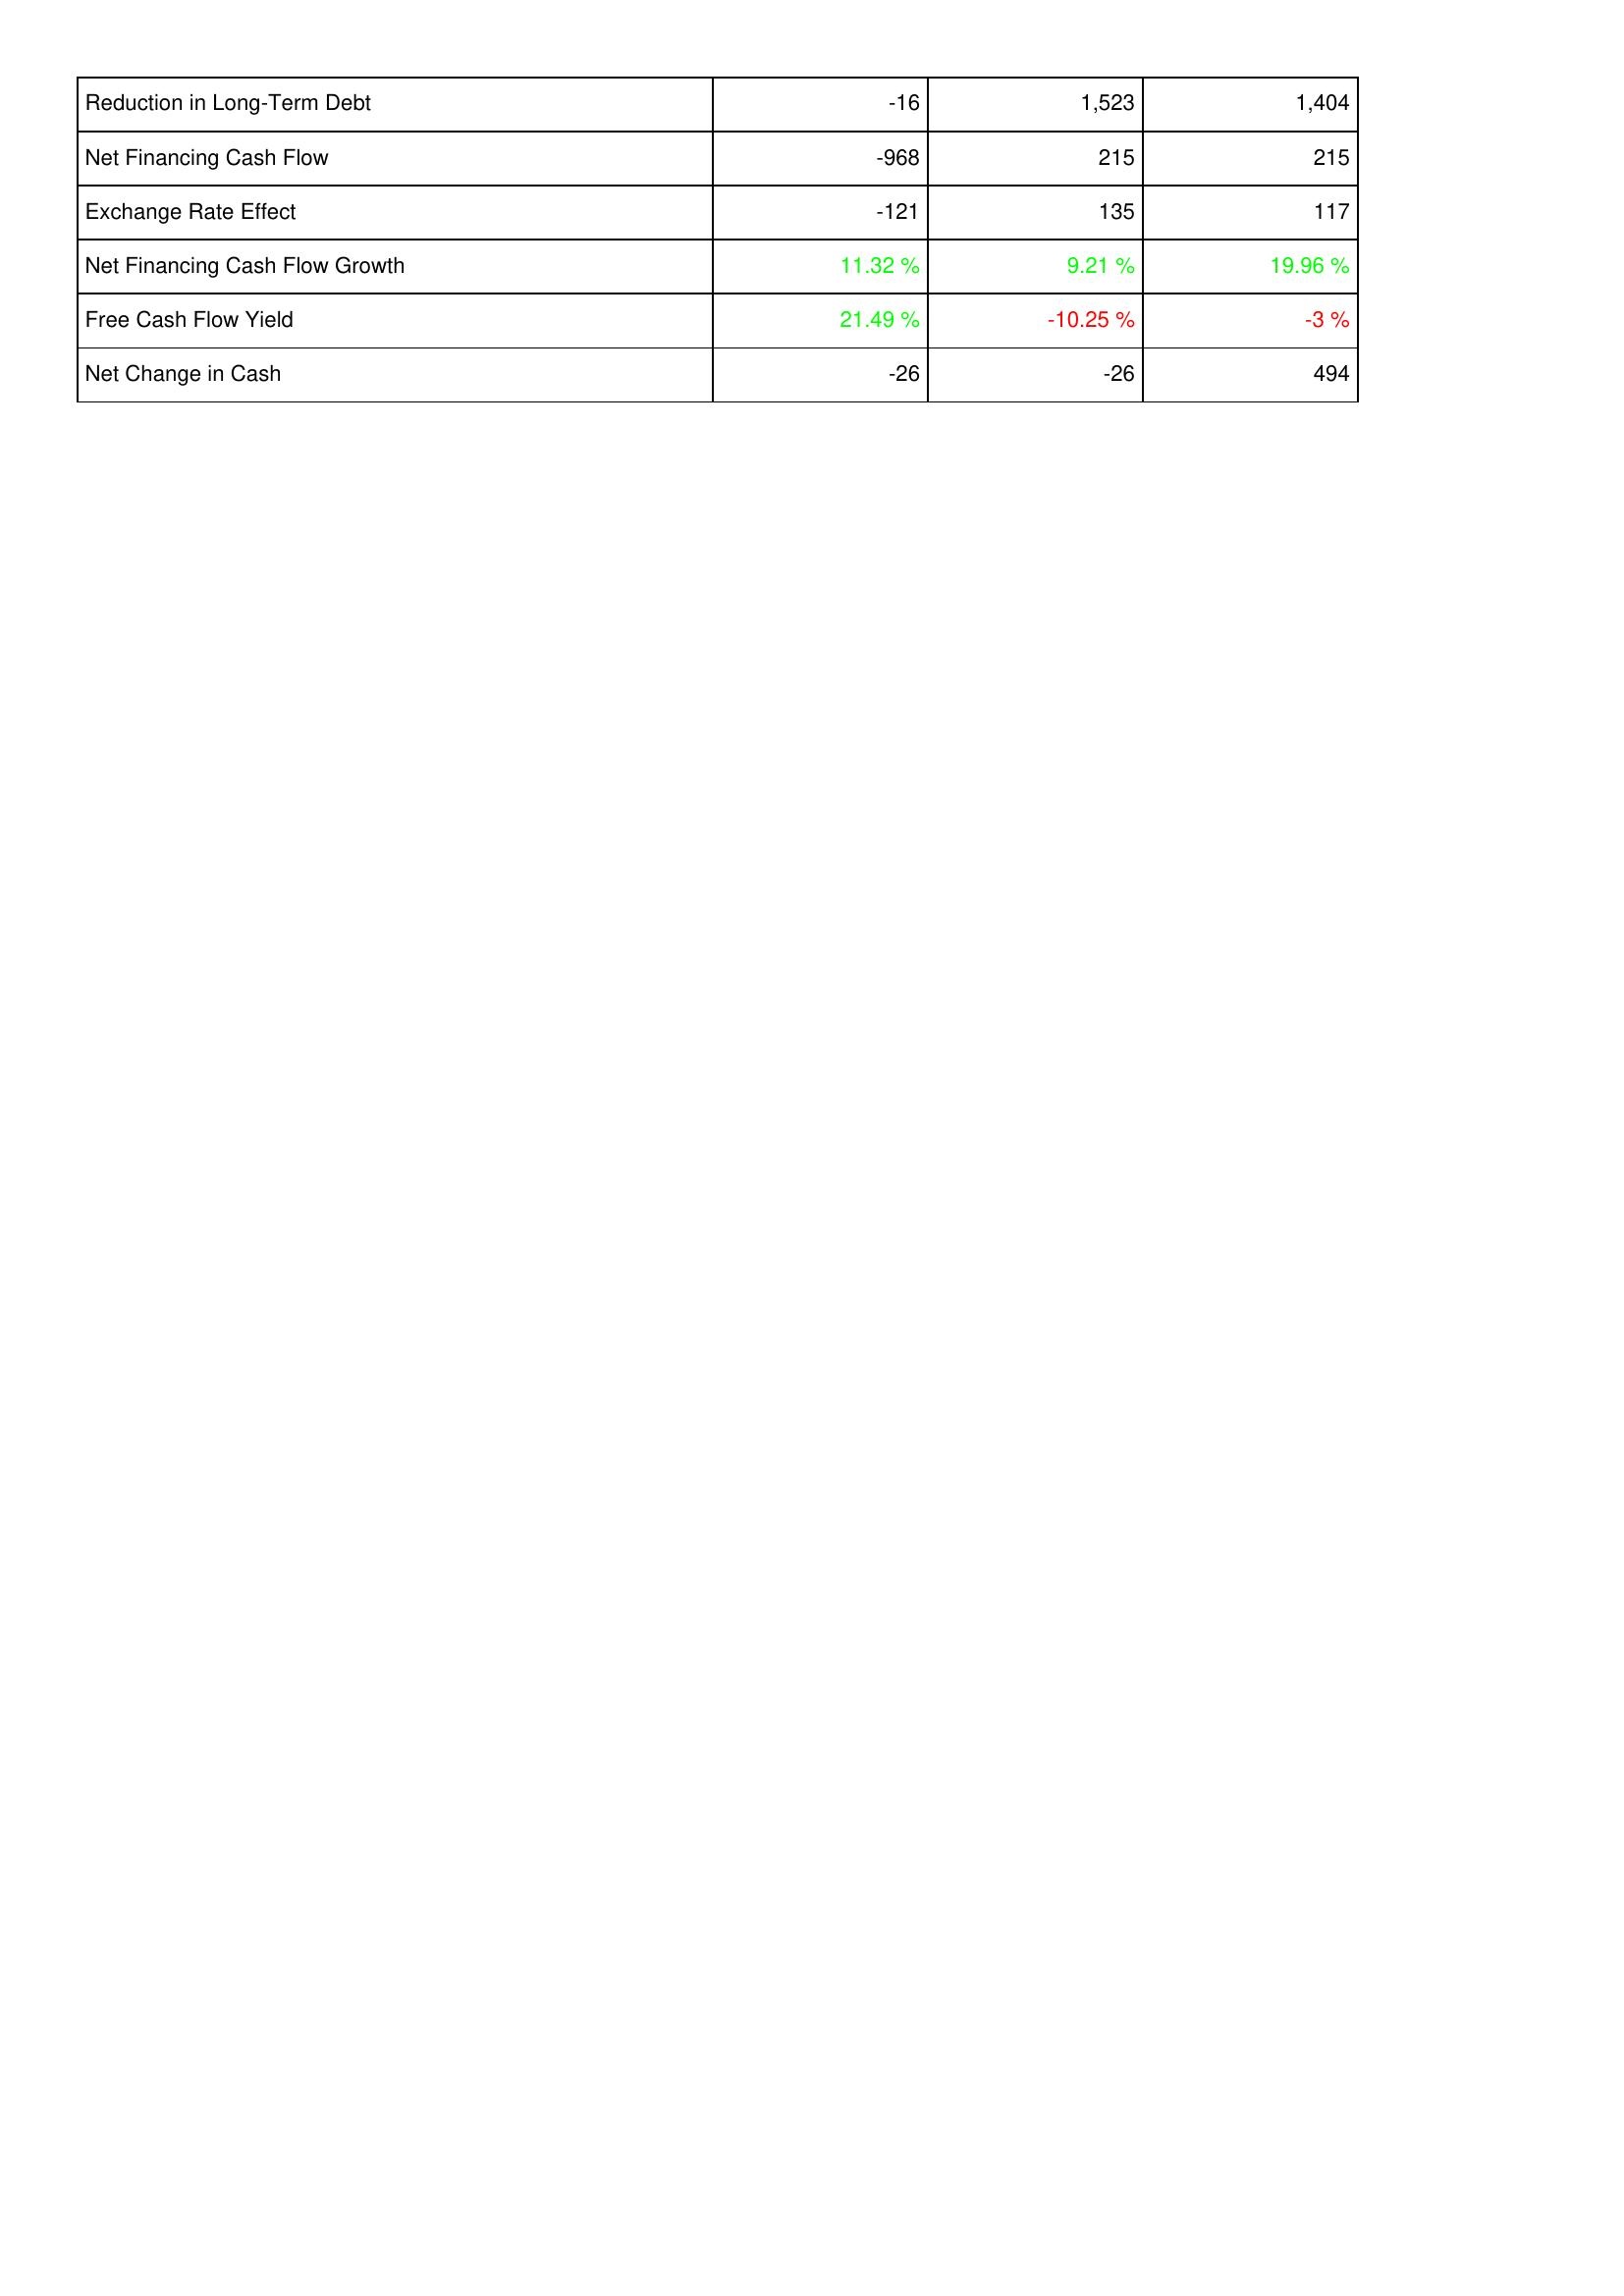
2012: Financing Activities: Reduction in Long-Term Debt: -16
Net Financing Cash Flow: -968
Exchange Rate Effect: -121
Net Financing Cash Flow Growth: 11.32 %
Free Cash Flow Yield: 21.49 %
Net Change in Cash: -26
2013: Financing Activities: Reduction in Long-Term Debt: 1,523
Net Financing Cash Flow: 215
Exchange Rate Effect: 135
Net Financing Cash Flow Growth: 9.21 %
Free Cash Flow Yield: -10.25 %
Net Change in Cash: -26
2014: Financing Activities: Reduction in Long-Term Debt: 1,404
Net Financing Cash Flow: 215
Exchange Rate Effect: 117
Net Financing Cash Flow Growth: 19.96 %
Free Cash Flow Yield: -3 %
Net Change in Cash: 494